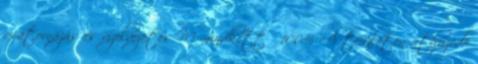
csatornázás és vízelvezetés M mindkettő 100% A területen áthúzódó